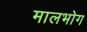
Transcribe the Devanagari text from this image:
मालभोग